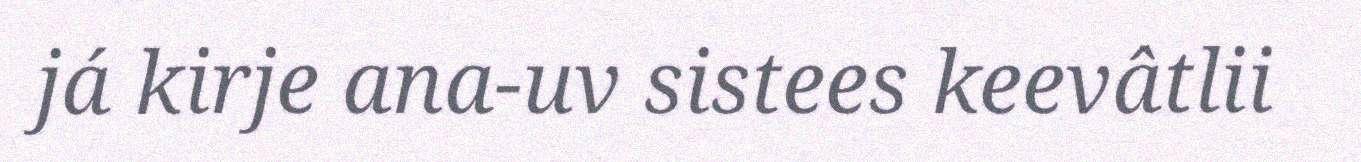
já kirje ana-uv sistees keevâtlii